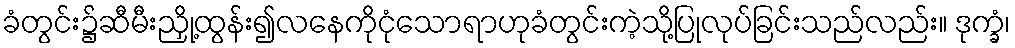
ခံတွင်း၌ဆီမီးညှို့ထွန်း၍လနေကိုငုံသောရာဟုခံတွင်းကဲ့သို့ပြုလုပ်ခြင်းသည်လည်း။ ဒုက္ခံ၊